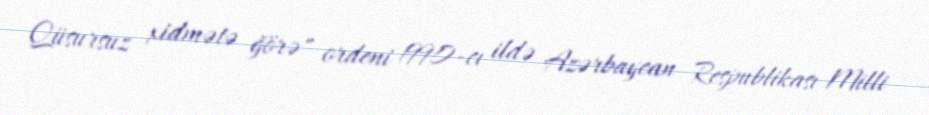
Qüsursuz xidmətə ğörə" ordeni 1990-cı ildə Azərbaycan Respublikası Milli